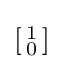
\left[{\begin{smallmatrix}1\\0\end{smallmatrix}}\right]